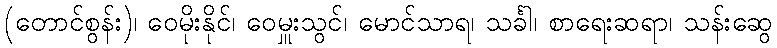
(တောင်စွန်း)၊ ဝေမိုးနိုင်၊ ဝေမှူးသွင်၊ မောင်သာရ၊ သင်္ခါ၊ စာရေးဆရာ၊ သန်းဆွေ